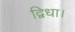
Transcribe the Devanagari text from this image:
द्विधा।